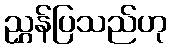
ညွှန်ပြသည်ဟု